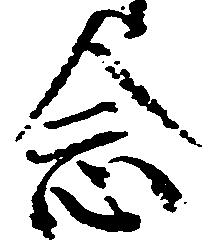
念